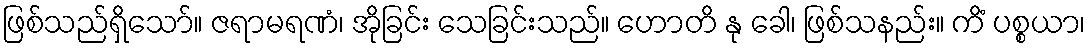
ဖြစ်သည်ရှိသော်။ ဇရာမရဏံ၊ အိုခြင်း သေခြင်းသည်။ ဟောတိ နု ခေါ၊ ဖြစ်သနည်း။ ကိံ ပစ္စယာ၊